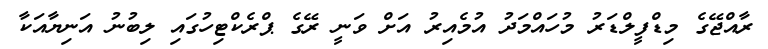
ރާއްޖޭގެ މިޑްފީލްޑަރު މުހައްމަދު އުމެއިރު އަށް ވަނީ ރޭގެ ޕްރެކްޓިހުގައި ލިބުނު އަނިޔާއަކާ